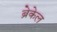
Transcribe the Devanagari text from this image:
ब्रेकेल